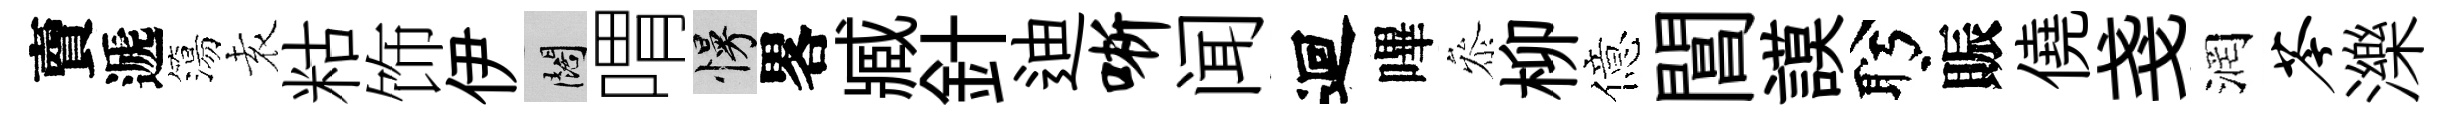
𧶠遞簜𡊮䊀饰伊闊喟慢畧臧針迪晰闻迴嗶叅柳億閶謨盻賑僥戔润苓濼